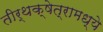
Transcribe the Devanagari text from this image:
तीर्थक्षेत्रामध्ये